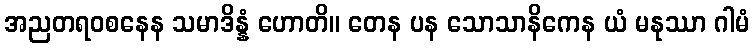
အညတရဝစနေန သမာဒိန္နံ ဟောတိ။ တေန ပန သောသာနိကေန ယံ မနုဿာ ဂါမံ